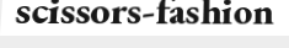
scissors-fashion